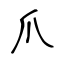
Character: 爪